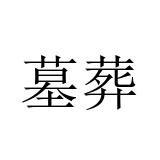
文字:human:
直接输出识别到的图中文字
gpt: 墓葬